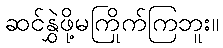
ဆင်နွှဲဖို့မကြိုက်ကြဘူး။